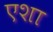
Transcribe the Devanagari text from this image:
एशा